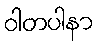
ဝါတပါနာ